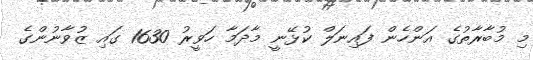
މި މުބާރާތުގެ އަންހެން ފައިނަލް ކުޅޭނީ މާދަމާ ހަވީރު 1630 ގައި ޒުވާނުންގެ